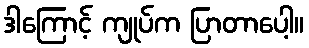
ဒါကြောင့် ကျုပ်က ပြာတာပေါ့။